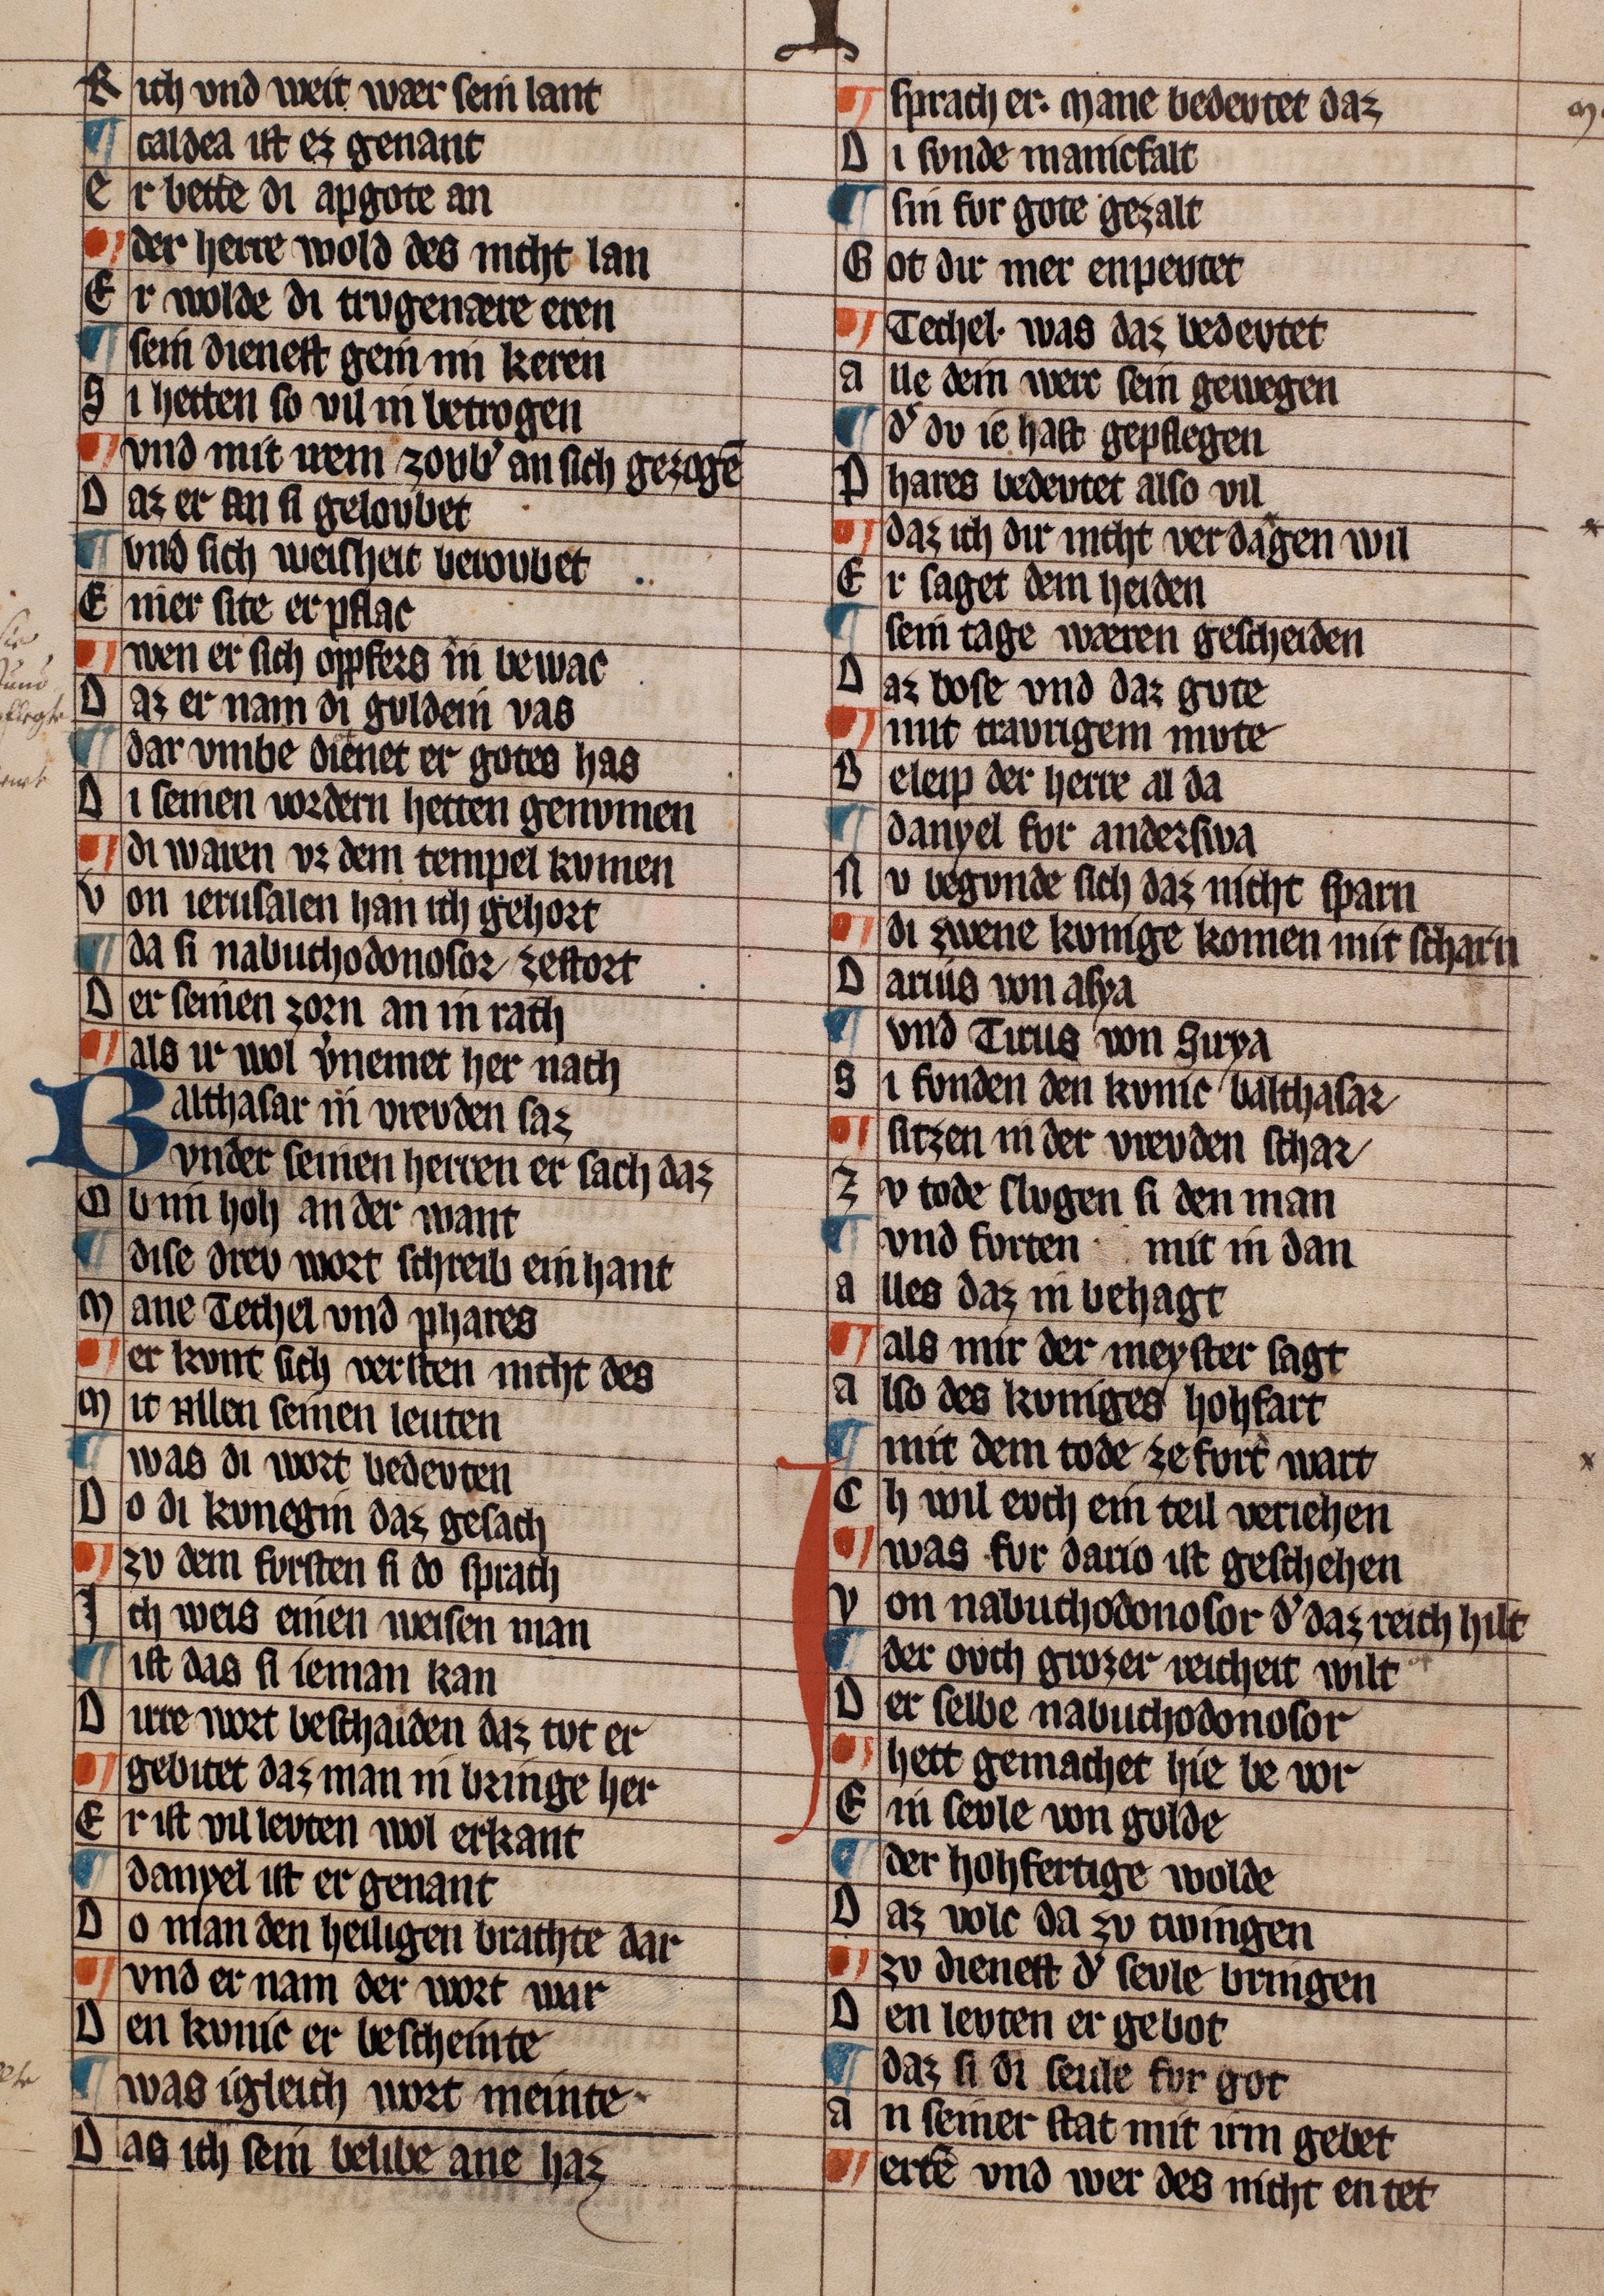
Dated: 1322–1322